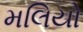
મલિયો